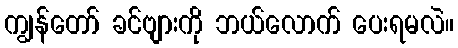
ကျွန်တော် ခင်ဗျားကို ဘယ်လောက် ပေးရမလဲ။